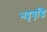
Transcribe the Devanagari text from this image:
भट्टवृद्धि